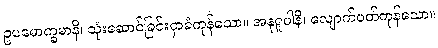
ဥပမောက္ခမာနိ၊ သုံးဆောင်ခြင်းငှာခံကုန်သော။ အနုရူပါနိ၊ လျောက်ပတ်ကုန်သော။